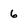
Character: 6